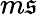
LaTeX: m\mathfrak{s}